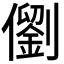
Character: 𪝵